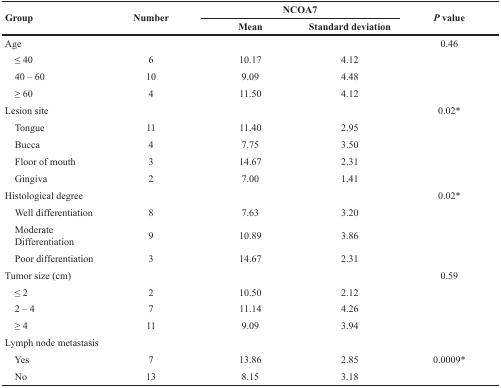
| <ROWSPAN=2> Group | <ROWSPAN=2> Number | <COLSPAN=2> NCOA7 | <ROWSPAN=2> P value |
 | Mean | Standard deviation |
 | --- | --- | --- | --- | --- |
 | Age |  |  | 0.46 |  |
 | ≤ 40 | 6 | 10.17 | 4.12 |  |
 | 40 – 60 | 10 | 9.09 | 4.48 |  |
 | ≥ 60 | 4 | 11.50 | 4.12 |  |
 | Lesion site |  |  |  | 0.02* |
 | Tongue | 11 | 11.40 | 2.95 |  |
 | Bucca | 4 | 7.75 | 3.50 |  |
 | Floor of mouth | 3 | 14.67 | 2.31 |  |
 | Gingiva | 2 | 7.00 | 1.41 |  |
 | Histological degree |  |  |  | 0.02* |
 | Well differentiation | 8 | 7.63 | 3.20 |  |
 | Moderate Differentiation | 9 | 10.89 | 3.86 |  |
 | Poor differentiation | 3 | 14.67 | 2.31 |  |
 | Tumor size (cm) |  |  |  | 0.59 |
 | ≤ 2 | 2 | 10.50 | 2.12 |  |
 | 2 – 4 | 7 | 11.14 | 4.26 |  |
 | ≥ 4 | 11 | 9.09 | 3.94 |  |
 | Lymph node metastasis |  |  |  |  |
 | Yes | 7 | 13.86 | 2.85 | 0.0009* |
 | No | 13 | 8.15 | 3.18 |  |